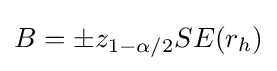
B=\pm z_{1-\alpha /2}SE(r_{h})